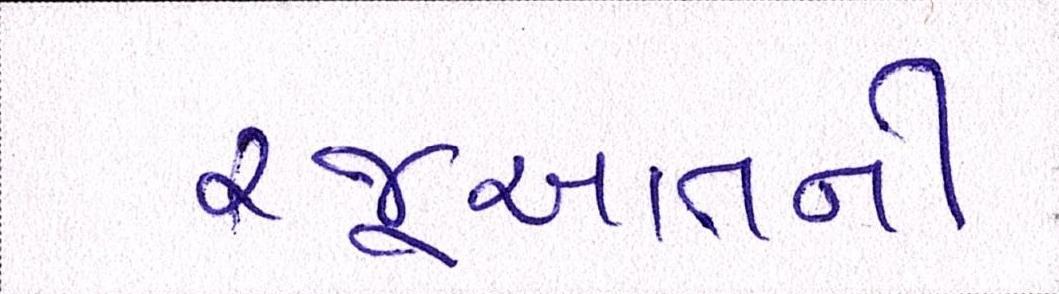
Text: રજૂઆતની